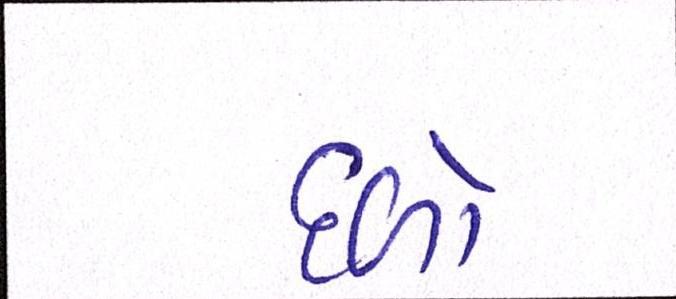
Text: દળો